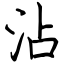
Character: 沾